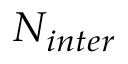
N _ { i n t e r }